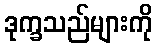
ဒုက္ခသည်များကို